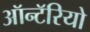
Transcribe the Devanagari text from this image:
ऑन्टॅरियो